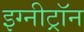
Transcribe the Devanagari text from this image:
इग्नीट्रॉन